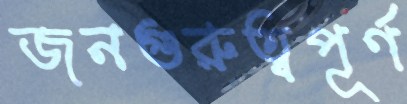
জনগুরুত্বপূর্ণ